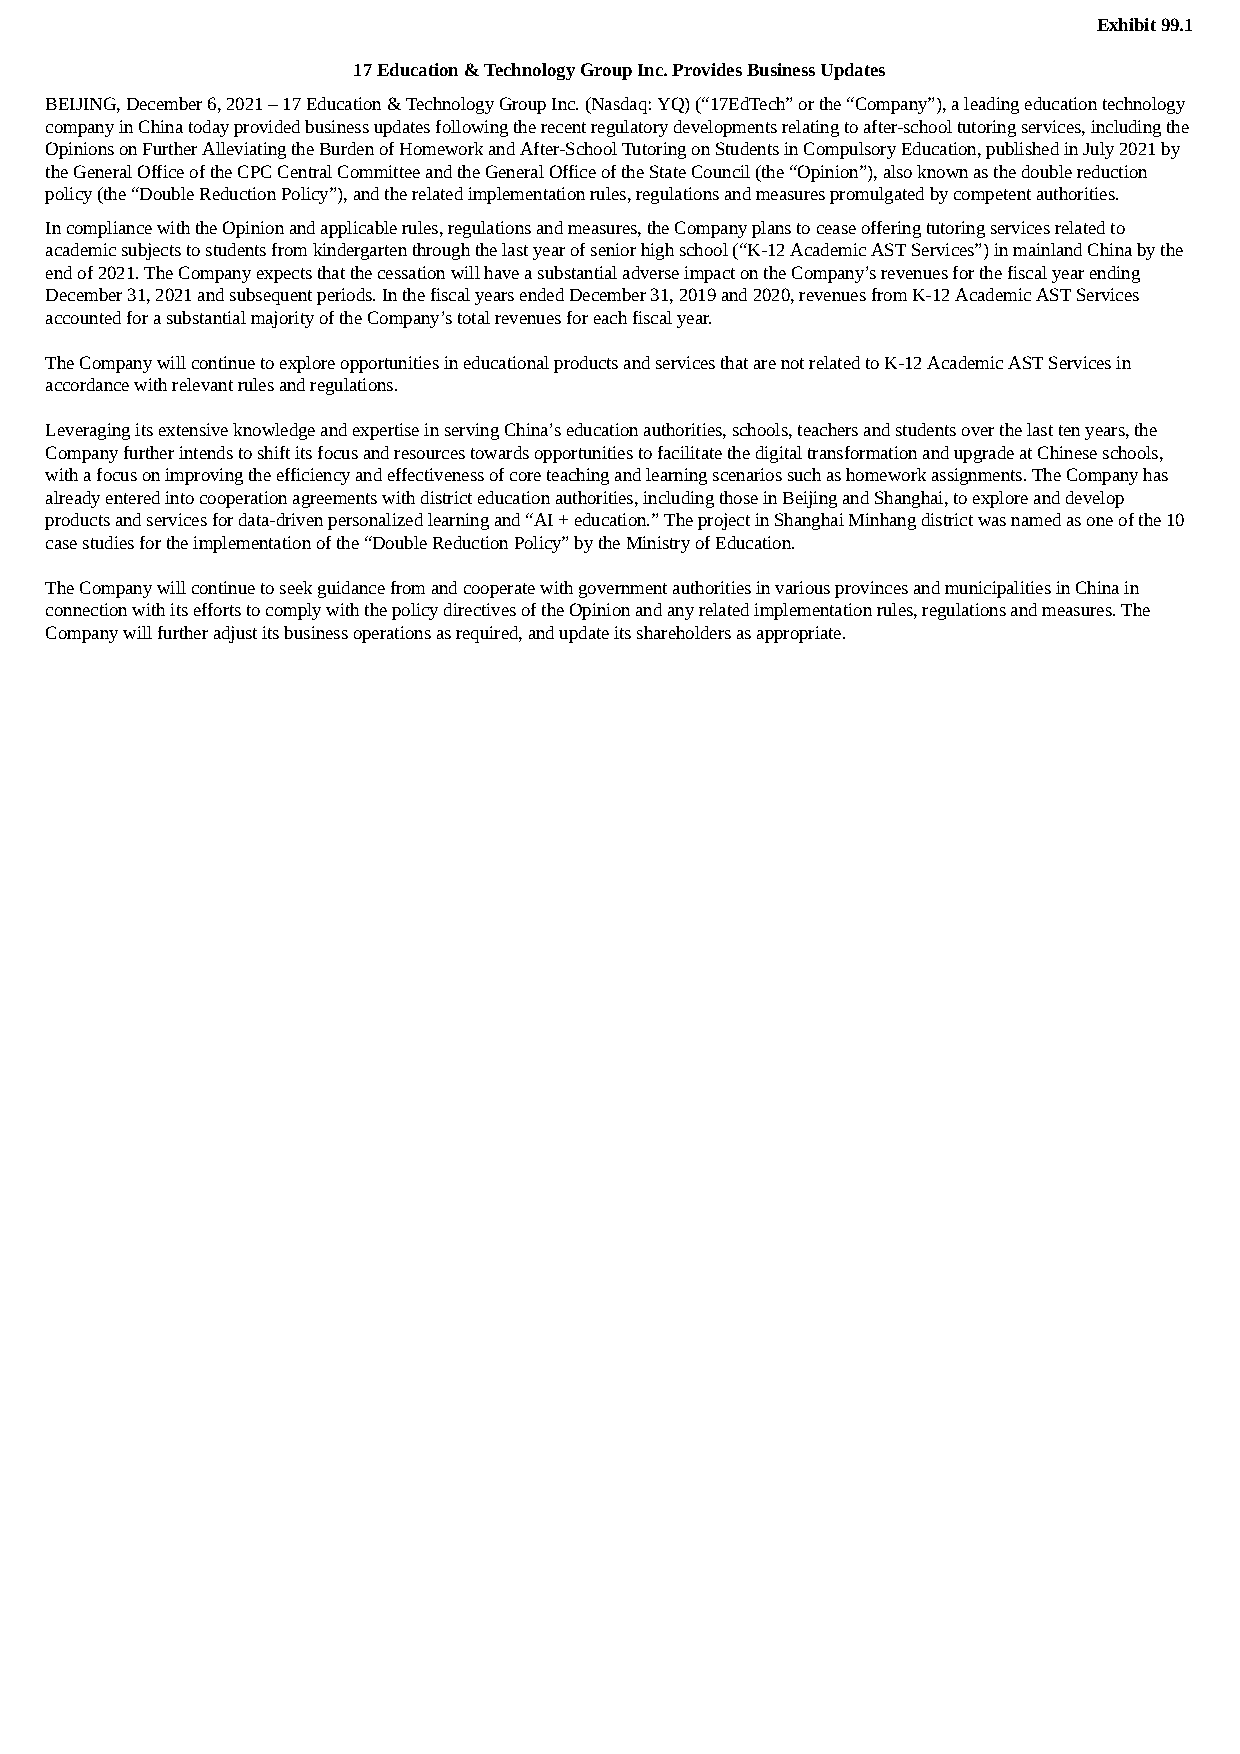
Exhibit 99.1
 17 Education & Technology Group Inc. Provides Business Updates
 BEIJING, December 6, 2021 – 17 Education & Technology Group Inc. (Nasdaq: YQ) (“17EdTech” or the “Company”), a leading education technology
 company in China today provided business updates following the recent regulatory developments relating to after-school tutoring services, including the
 Opinions on Further Alleviating the Burden of Homework and After-School Tutoring on Students in Compulsory Education, published in July 2021 by
 the General Office of the CPC Central Committee and the General Office of the State Council (the “Opinion”), also known as the double reduction
 policy (the “Double Reduction Policy”), and the related implementation rules, regulations and measures promulgated by competent authorities.
 In compliance with the Opinion and applicable rules, regulations and measures, the Company plans to cease offering tutoring services related to
 academic subjects to students from kindergarten through the last year of senior high school (“K-12 Academic AST Services”) in mainland China by the
 end of 2021. The Company expects that the cessation will have a substantial adverse impact on the Company’s revenues for the fiscal year ending
 December 31, 2021 and subsequent periods. In the fiscal years ended December 31, 2019 and 2020, revenues from K-12 Academic AST Services
 accounted for a substantial majority of the Company’s total revenues for each fiscal year.
 The Company will continue to explore opportunities in educational products and services that are not related to K-12 Academic AST Services in
 accordance with relevant rules and regulations.
 Leveraging its extensive knowledge and expertise in serving China’s education authorities, schools, teachers and students over the last ten years, the
 Company further intends to shift its focus and resources towards opportunities to facilitate the digital transformation and upgrade at Chinese schools,
 with a focus on improving the efficiency and effectiveness of core teaching and learning scenarios such as homework assignments. The Company has
 already entered into cooperation agreements with district education authorities, including those in Beijing and Shanghai, to explore and develop
 products and services for data-driven personalized learning and “AI + education.” The project in Shanghai Minhang district was named as one of the 10
 case studies for the implementation of the “Double Reduction Policy” by the Ministry of Education.
 The Company will continue to seek guidance from and cooperate with government authorities in various provinces and municipalities in China in
 connection with its efforts to comply with the policy directives of the Opinion and any related implementation rules, regulations and measures. The
 Company will further adjust its business operations as required, and update its shareholders as appropriate.